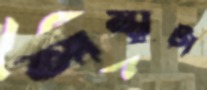
আম্মুটা